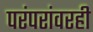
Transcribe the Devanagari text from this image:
परंपरांवरही